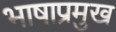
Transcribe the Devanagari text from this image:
भाषाप्रमुख